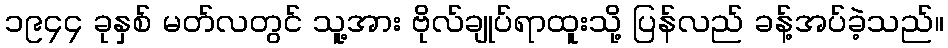
၁၉၄၄ ခုနှစ် မတ်လတွင် သူ့အား ဗိုလ်ချုပ်ရာထူးသို့ ပြန်လည် ခန့်အပ်ခဲ့သည်။